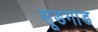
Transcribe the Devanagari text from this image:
सूडगाड